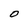
Character: O